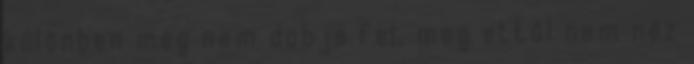
különben meg nem dobja fel, meg ettől nem néz